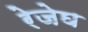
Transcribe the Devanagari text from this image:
रेजेघ